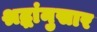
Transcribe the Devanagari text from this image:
श्रद्धांनुसार